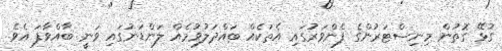
ގުޅޭ ގޮތުން މިނިސްޓަރުންގެ ފެންވަރުގައި އެތަކެއް ބައްދަލުވުމެއް ލަންޑަނުގައި ވަނީ ބާއްވާފަ އެވެ.